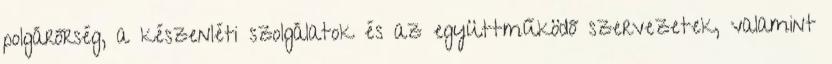
polgárőrség, a készenléti szolgálatok és az együttműködő szervezetek, valamint